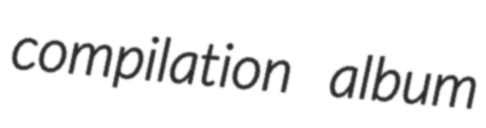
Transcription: compilation album